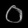
Digit: ၀